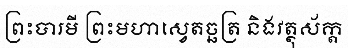
ព្រះបារមី ព្រះមហាស្វេតច្ឆត្រ និងវត្ថុស័ក្ត